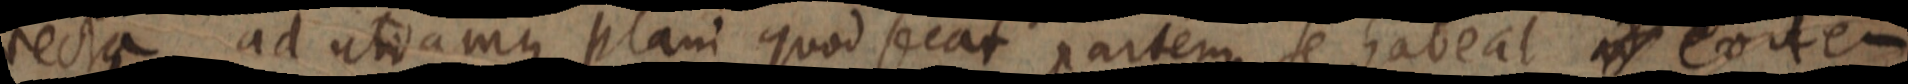
recta ad utramque plani quod secat partem se habeat ad eodem